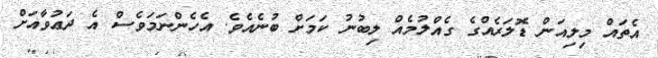
އެތައް މިލިއަން ޑޮލަރެއްގެ ގެއްލުމެއް ލިބުނު ކަމަށް ބުނެއެވެ. އެހެންނަމަވެސް އެ ދަޢުވާއަށް